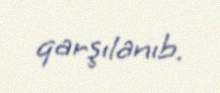
qarşılanıb.